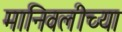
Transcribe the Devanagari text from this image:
मानिवलीच्या